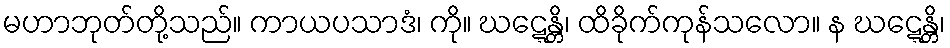
မဟာဘုတ်တို့သည်။ ကာယပသာဒံ၊ ကို။ ဃဋ္ဋေန္တိ၊ ထိခိုက်ကုန်သလော။ န ဃဋ္ဋေန္တိ၊